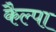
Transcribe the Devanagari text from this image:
कैल्पा